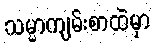
သမ္မာကျမ်းစာထဲမှာ